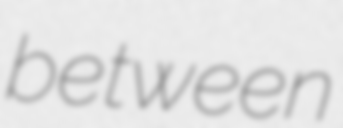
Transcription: between